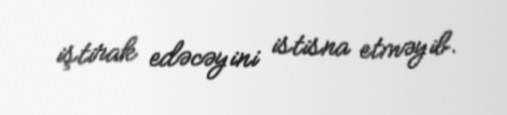
iştirak edəcəyini istisna etməyib.